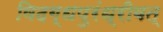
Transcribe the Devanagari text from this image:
विदग्धपुरंध्रीवत्